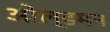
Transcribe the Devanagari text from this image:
ओल्डमन